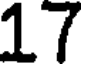
17